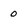
Character: 0